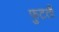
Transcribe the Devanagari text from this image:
फुटती